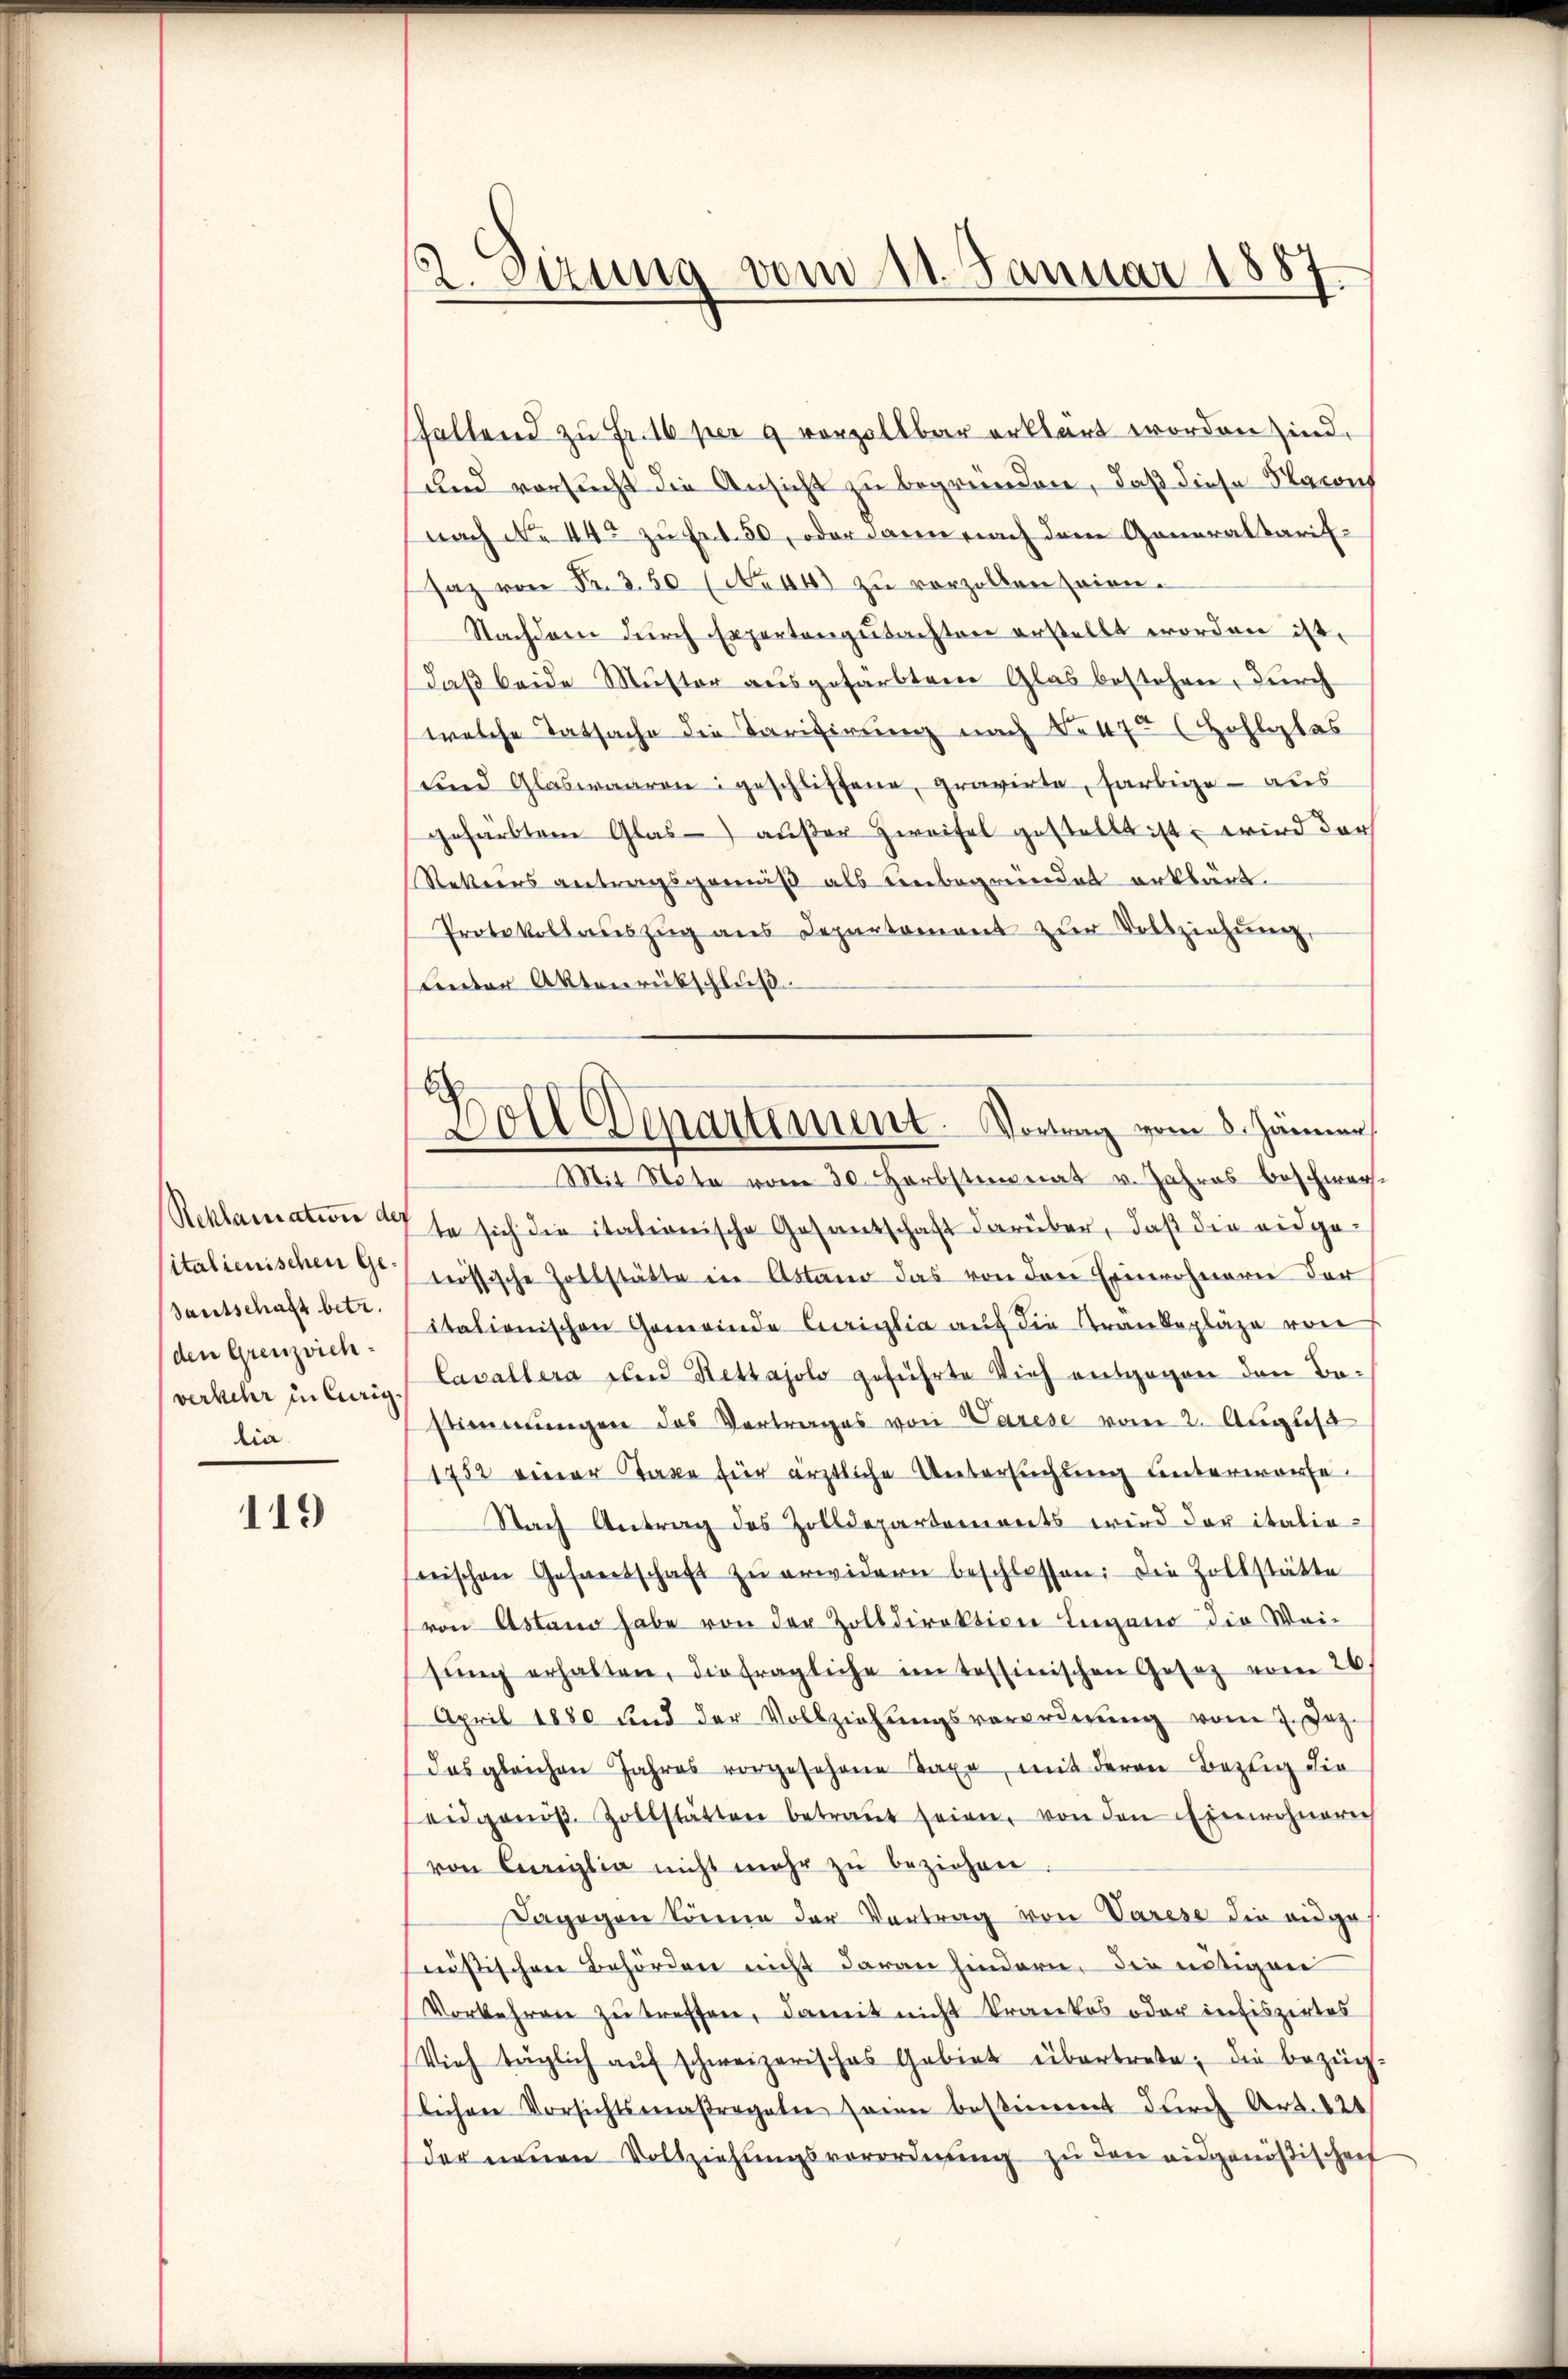
Reklamation de
sitalienischen Ge¬
Santschaft betr.
den Grenzvichverkehr in Curig
lia

119

2. Sitzung vom 11. Januar 1887.

shaltend zu Fr. 16 per 9 vorzollbar erklärt worden sind.
und vorsucht die Ansicht zu begründen, daß diese Natons
nach No 44 zu Ert. 50, oder dann nach dem Generaltarifsaz von Fr. 350 (No 40 zu vorzollen seien.
Nachdem dŭrch Expertengutachten erstellt worden ist.
daß beide Muster ausgefärbten Glas bestehen, durch
welche Tatsache die Tarifirung nach No 475 (Zohlglas
und Glaswaaren geschlissene, gravirte, farbige - aus
gefärbten Glas außer Zweifel gestellt ist, wird der
Rekeers antragsgemäß als einbegründet erklärt.
Protokollaŭszŭg ans Departement zŭr Vollziehŭng
unter Aktenrübschluß.
Mit Note vom 30. Herbsteinat v. Jahres beschwer¬
7te sich die itationische Gesantschaft darüber, daß die eidge-
nössische Zollstätte in Astand das von den Einwohnern der
itationischen Gemeinde Curiglia auf die Krankepläge von
Cavallera und Kettajolo geführte Vieh entgegen den Bestimmungen das Vertrages von Varese vom 2. August
1752 einer Taxe für ärztliche Untersuchung unterworfe¬
Nach Antrag des Zolldepartements wird der italienischen Gesantschaft zŭ erwidern beschlossen: Die Zollstätte
von Astand habe von der Zolldirektion Lugano die Wai-
sŭng erhalten, die fragliche im Tessinischen Gesetz vom 26.
April 1880 und der Vollziehŭngsverorderŭng vom 7. Jez.
das gleichen Jahres vorgesehene Taxe, mit deren Bezeig die
eidgenöβ. Zollstätten betraŭt seien, von den Einwohneri
von Curiglia nicht mehr zŭ beziehen.
Dagegen könne der Vortrag von Varese die ange
nistischen Behörden nicht daran hindern, die nötigen
Vorkehren zŭ treffen, damit nicht krankes oder infiszirtes
Vieh träglich aŭf schweizerisches Gebiet übertrete, die bezüg-
Leihere Vorsichtsverstregaler seien bestimmt durch Art. 221
der neŭen Vollziehŭngsverordnŭng zŭ den ausgenößischen

Boll Departement. Vortrag vom 8. Jänner,